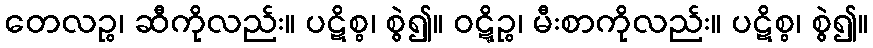
တေလဉ္စ၊ ဆီကိုလည်း။ ပဋိစ္စ၊ စွဲ၍။ ဝဋ္ဋိဉ္စ၊ မီးစာကိုလည်း။ ပဋိစ္စ၊ စွဲ၍။